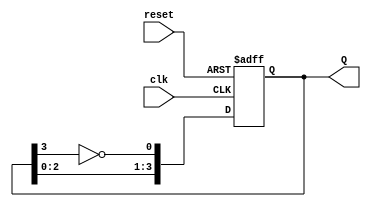
module johnson_counter (
    input wire clk,      // Clock input
    input wire reset,    // Asynchronous reset
    output reg [3:0] Q   // 4-bit output
);

// Always block for the Johnson counter
always @(posedge clk or posedge reset) begin
    if (reset) begin
        Q <= 4'b0000; // Reset the counter to 0000
    end else begin
        // Johnson counter logic
        Q[0] <= ~Q[3]; // D0 is connected to inverted Q3
        Q[1] <= Q[0];  // D1 follows Q0
        Q[2] <= Q[1];  // D2 follows Q1
        Q[3] <= Q[2];  // D3 follows Q2
    end
end

endmodule